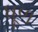
ધૂળ